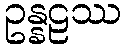
ဥန္နဠဿ